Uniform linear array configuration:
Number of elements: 48
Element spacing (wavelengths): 0.25
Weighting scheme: exponential
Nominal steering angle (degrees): -45
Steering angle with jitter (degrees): -45.233
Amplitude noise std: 0.05
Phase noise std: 0.05

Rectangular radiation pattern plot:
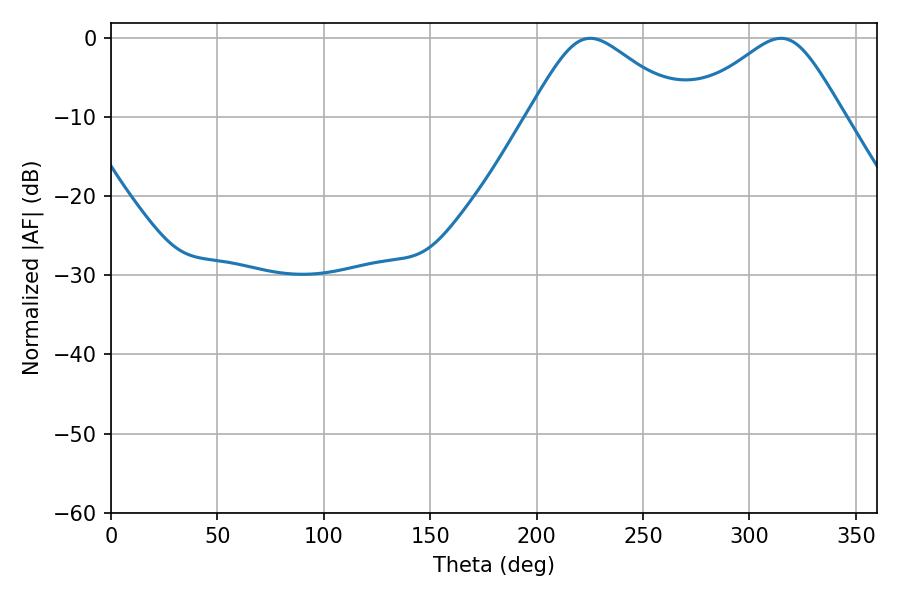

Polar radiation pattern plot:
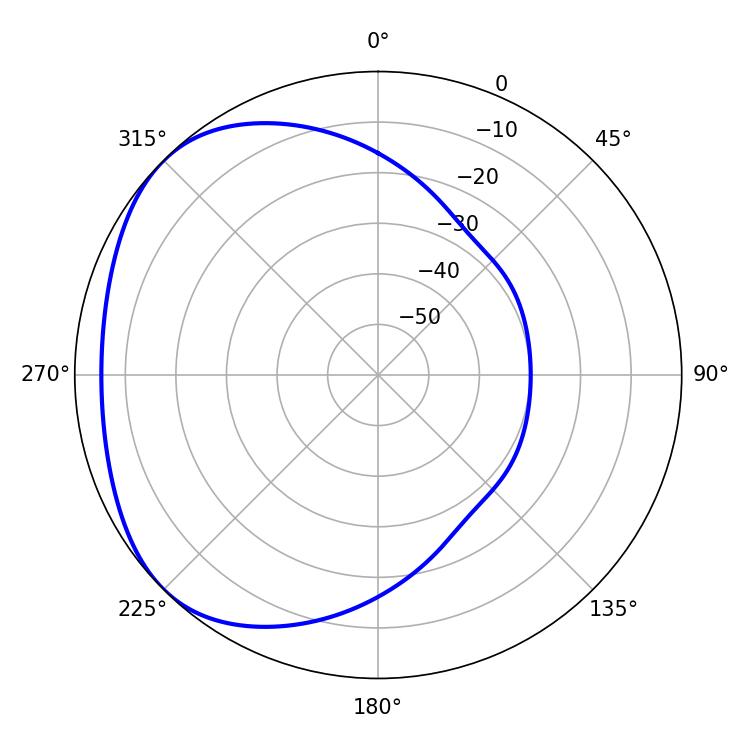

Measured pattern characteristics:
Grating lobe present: FALSE
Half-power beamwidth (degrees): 35.82
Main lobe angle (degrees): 225.18